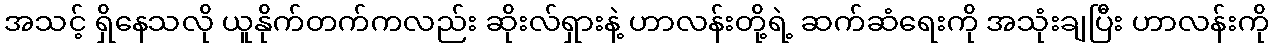
အသင့် ရှိနေသလို ယူနိုက်တက်ကလည်း ဆိုးလ်ရှားနဲ့ ဟာလန်းတို့ရဲ့ ဆက်ဆံရေးကို အသုံးချပြီး ဟာလန်းကို